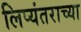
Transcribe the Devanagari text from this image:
लिप्यंतराच्या